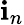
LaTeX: \mathbf{i}_{n}